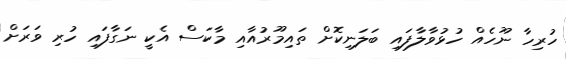
ހުރިހާ ނޫހެއް ހުޅުވާލާފައި ބަލަނިކޮށް ތައިމޫރުއާއި މާކަސް އެކީ ނަގާފައި ހުރި ވަރަށް